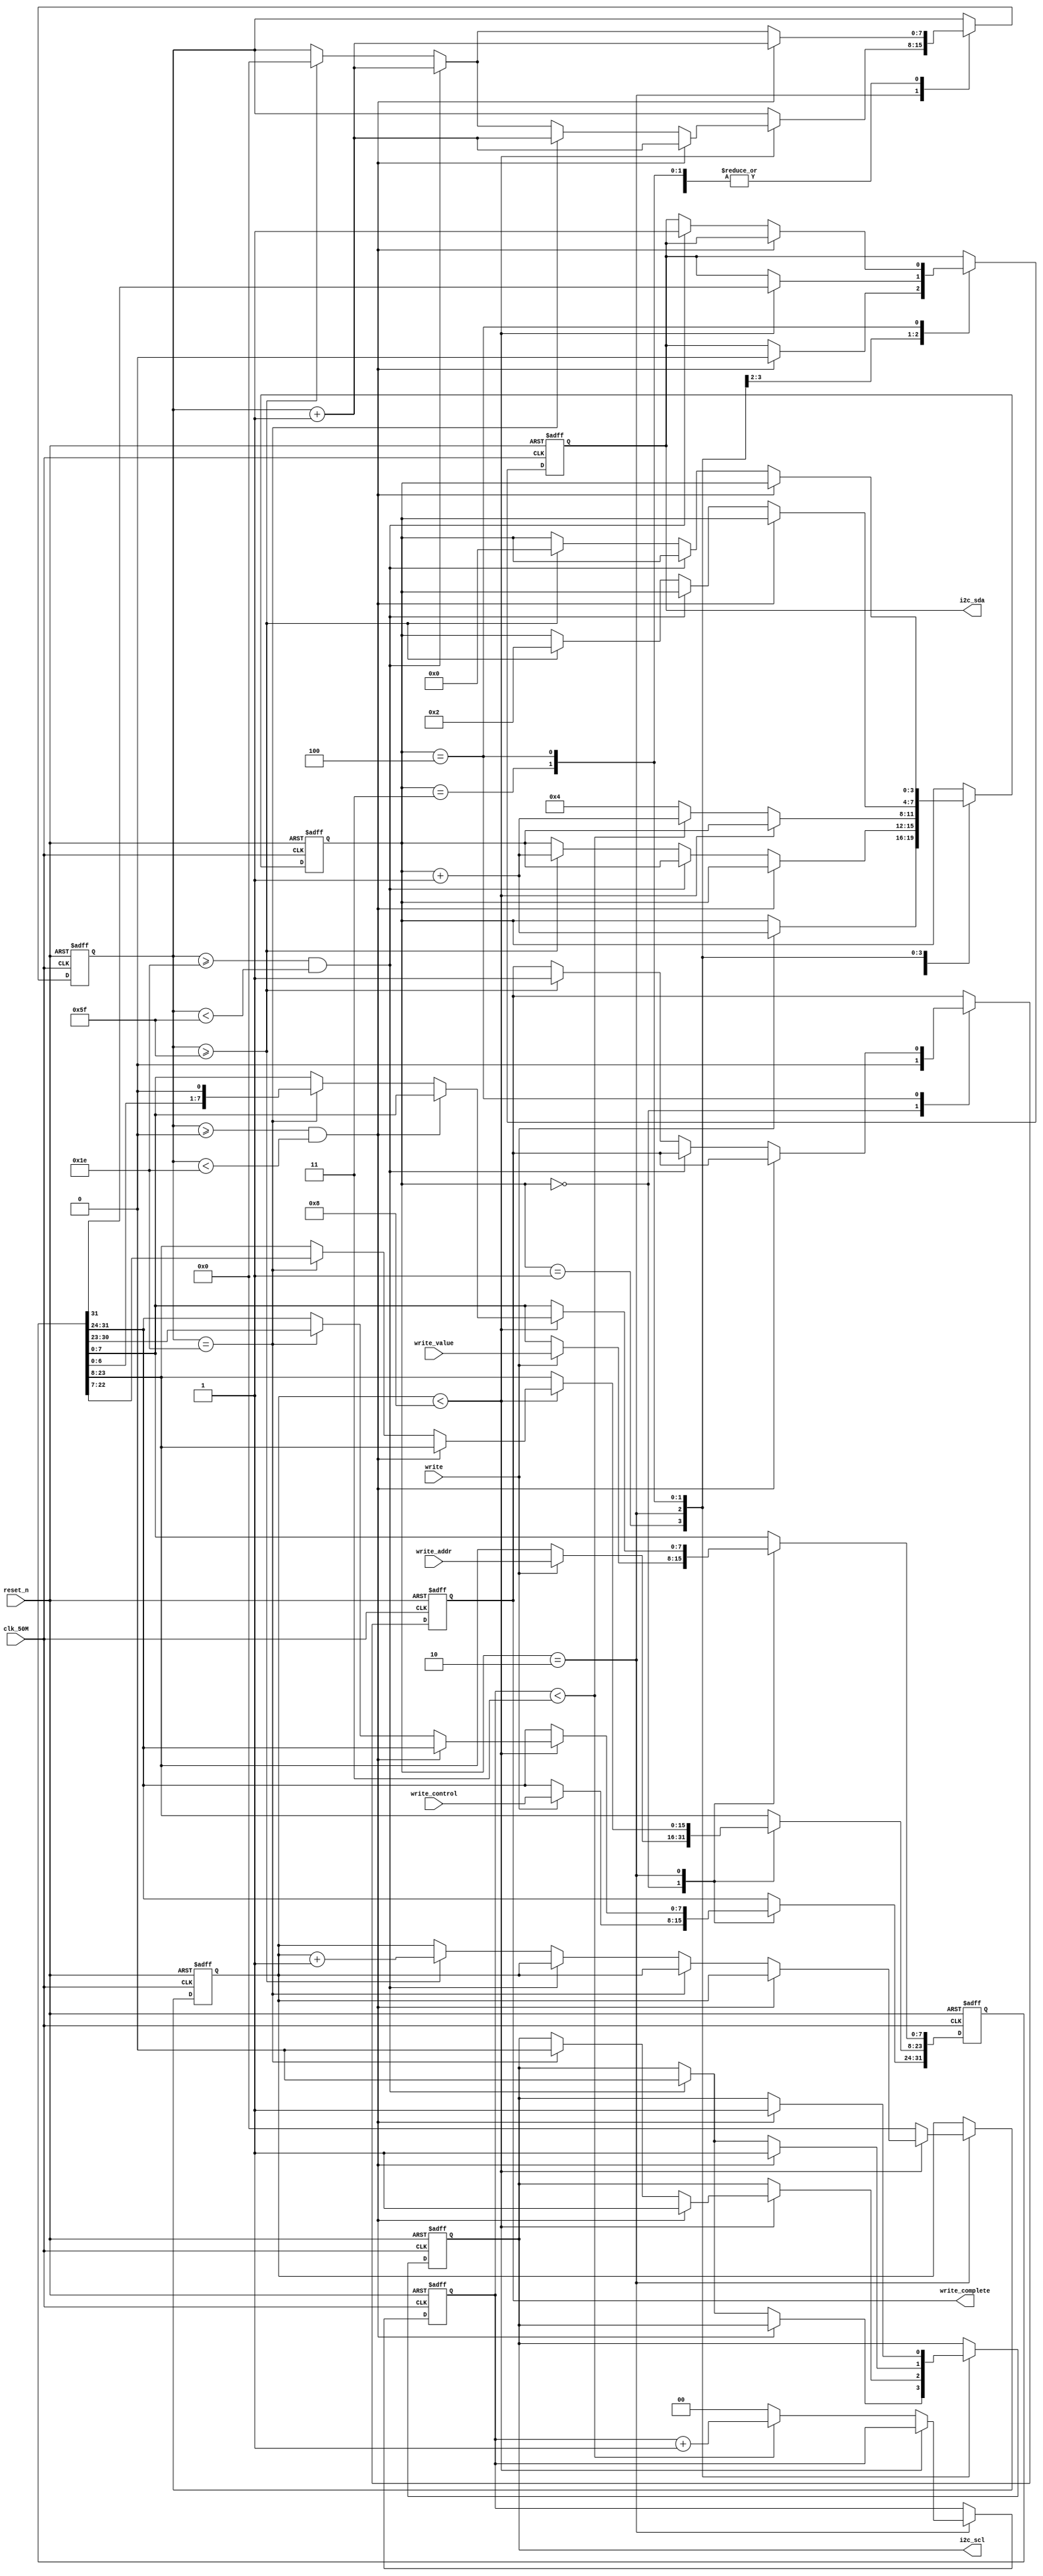
module hw4(
    clk_50M,
    reset_n,    
    write,
    write_control,
    write_addr,
    write_value,
    write_complete,  
    i2c_sda,
    i2c_scl
    );

input clk_50M;
input reset_n;
input write;
input [7:0]write_control;
input [15:0]write_addr;
input [7:0]write_value;

output reg write_complete;
output reg i2c_sda;
output reg i2c_scl;

reg [31:0] data;
reg [7:0] cnt;
reg [3:0] ST;
reg [7:0] i;
reg [1:0] ii;


always@(posedge clk_50M or negedge reset_n)begin
	if(!reset_n) begin
		write_complete <= 0;
		i2c_scl <= 1;
		i2c_sda <= 1;
		data <= 0;
		cnt <= 0;
		ST <= 0;
		i <= 0;
		ii <= 0;
	end
	else begin
		case(ST)
			0: begin//latch
				write_complete <= 0;
				if(write) begin
					data[31:24] <= write_control;
					data[23:8] <= write_addr;
					data[7:0] <= write_value;
					ST <= ST+1;
				end
			end
			
			1: begin//Start condition
				if(cnt>=0&&cnt<30) begin
					i2c_sda <= 0;
					cnt <= cnt+1;
				end
				else if(cnt>=30&&cnt<95) begin
					i2c_scl <= 0;
					cnt <= cnt+1;
				end
				else if(cnt>=95) begin
					ST <= ST+1;
					cnt <= 0;
				end
			end
			
			2: begin//Sent
				if(i<8) begin
					i2c_sda <= data[31];
					if(cnt>=0&&cnt<30) begin
						cnt <= cnt+1;
						i2c_scl <= 1; 
					end
					else if(cnt==30)begin
						cnt <= cnt+1;
						i2c_scl <= 0;
						data <= {data,1'b0};
					end
					else if(cnt>=30&&cnt<95)begin
						cnt <= cnt+1;
					end
					else if(cnt>=95)begin
						cnt <= 0;
						i <= i+1;
					end
				end
				else begin
					if(ii<3)begin
						ii <= ii+1;
						ST <= ST+1;
					end
					else begin
						ii <= 0;
						ST <= 4;
					end
					i <= 0;
				end
			end
			
			3: begin
				if(cnt>=0&&cnt<30) begin
					cnt <= cnt+1;
					i2c_scl <= 1; 
				end
				else if(cnt>=30&&cnt<95) begin
					cnt <= cnt+1;
					i2c_scl <= 0; 
				end
				else if(cnt>=95) begin
					cnt <= 0;
					ST <= 2;
				end
			end
			
			4: begin//Stop condition
				if(cnt>=0&&cnt<30) begin
					i2c_scl <= 1;
					cnt <= cnt+1;
				end
				else if(cnt>=30&&cnt<95) begin
					i2c_sda <= 1;
					cnt <= cnt+1;
				end
				else if(cnt>=95) begin
					ST <= 0;
					cnt <= 0;
					write_complete <= 1;
				end
			end
			
		endcase
	end
end

endmodule